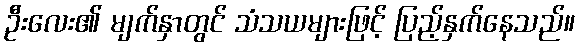
ဦးလေး၏ မျက်နှာတွင် သံသယများဖြင့် ပြည့်နှက်နေသည်။